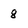
Character: 8